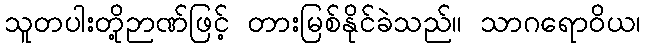
သူတပါးတို့ဉာဏ်ဖြင့် တားမြစ်နိုင်ခဲသည်။ သာဂရောဝိယ၊